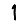
Digit: 1